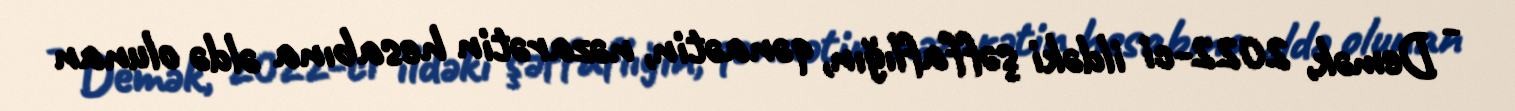
- Demək, 2022-ci ildəki şəffaflığın, qənaətin, nəzarətin hesabına əldə olunan